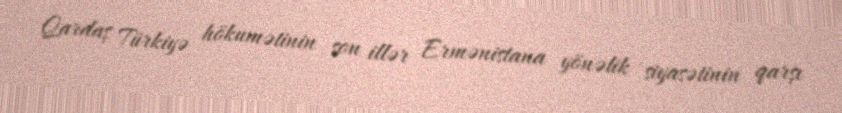
Qardaş Türkiyə hökumətinin son illər Ermənistana yönəlik siyasətinin qarşı